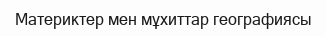
Материктер мен мұхиттар географиясы